Lunatic asylums United Provinces 1909-1921 - 1909-1921
Year: 1909
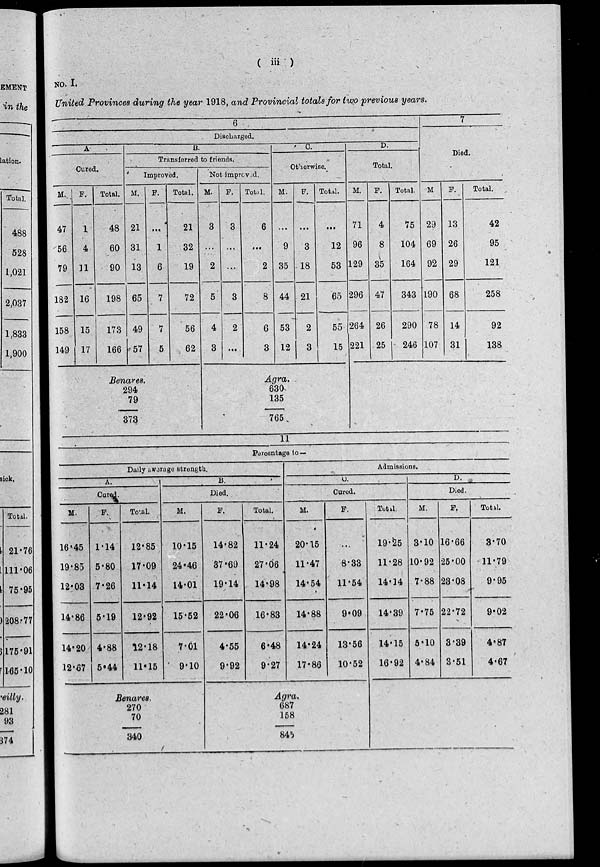
( iii )
NO. I.
United Provinces during the year 1918, and Provincial totals for two previous years.
6
Discharged.
A
Cured.
M.
47
56
79
182
158
149
F.
1
4
11
16
15
17
Total.
48
60
90
198
173
166
B.
Transferred to friends.
Improved.
M.
21
31
13
65
49
57
F.
...
1
6
7
7
5
Total.
21
32
19
72
56
62
Benares.
294
79
373
Not improved.
M.
3
...
2
5
4
3
F.
3
...
...
3
2
...
Total.
6
...
2
8
6
3
C.
Otherwise.
M.
...
9
35
44
53
12
F.
...
3
18
21
2
3
Total.
...
12
53
65
55
15
Agra.
630
135
765
D.
Total.
M.
71
96
129
296
264
221
F.
4
8
35
47
26
25
Total.
75
104
164
343
290
246
7
Died.
M
29
69
92
190
78
107
F.
13
26
29
68
14
31
Total.
42
95
121
258
92
138
11
Percentage to —
Daily average strength.
A.
Cured.
M.
16.45
19.85
12.03
14.86
14.20
12.67
F.
1.14
5.80
7.26
5.19
4.88
5.44
Total.
12.85
17.09
11.14
12.92
12.18
11.15
B.
Died.
M.
10.15
24.46
14.01
15.52
7.01
9.10
Benares.
270
70
340
F.
14.82
37.69
19.14
22.06
4.55
9.92
Total.
11.24
27.06
14.98
16.83
6.48
9.27
Admissions.
C.
Cured.
M.
20.15
11.47
14.54
14.88
14.24
17.86
F.
...
8.33
11.54
9.09
13.56
10.52
Agra.
687
158
845
Total.
19.25
11.28
14.14
14.39
14.15
16.92
D.
Died.
M.
3.10
10.92
7.88
7.75
5.10
4.84
F.
16.66
25.00
23.08
22.72
3.39
3.51
Total.
3.70
11.79
9.95
9.02
4.87
4.67